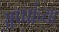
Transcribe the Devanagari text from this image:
अप्पांच्या